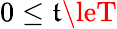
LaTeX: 0\le\mathfrak{t}\leT